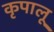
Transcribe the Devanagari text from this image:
कृपालू